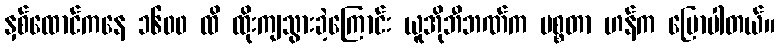
နှစ်ထောင်ကနေ ၁၆၀၀ ထိ ထိုးကျသွားခဲ့ကြောင်း ယူအိုဘီဘဏ်က မစ္စတာ ဟန်က ပြောပါတယ်။